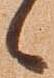
候